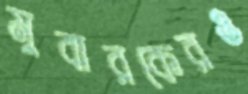
মুবারকেরও